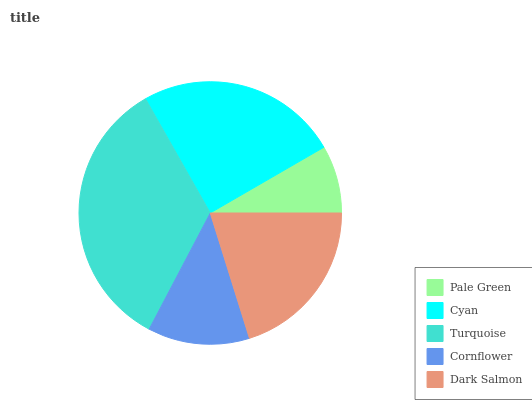
| Pale Green | Cyan | Turquoise | Cornflower | Dark Salmon |
 | --- | --- | --- | --- | --- |
 | 8.36% | 24.8% | 34.1% | 12.5% | 20.2% |